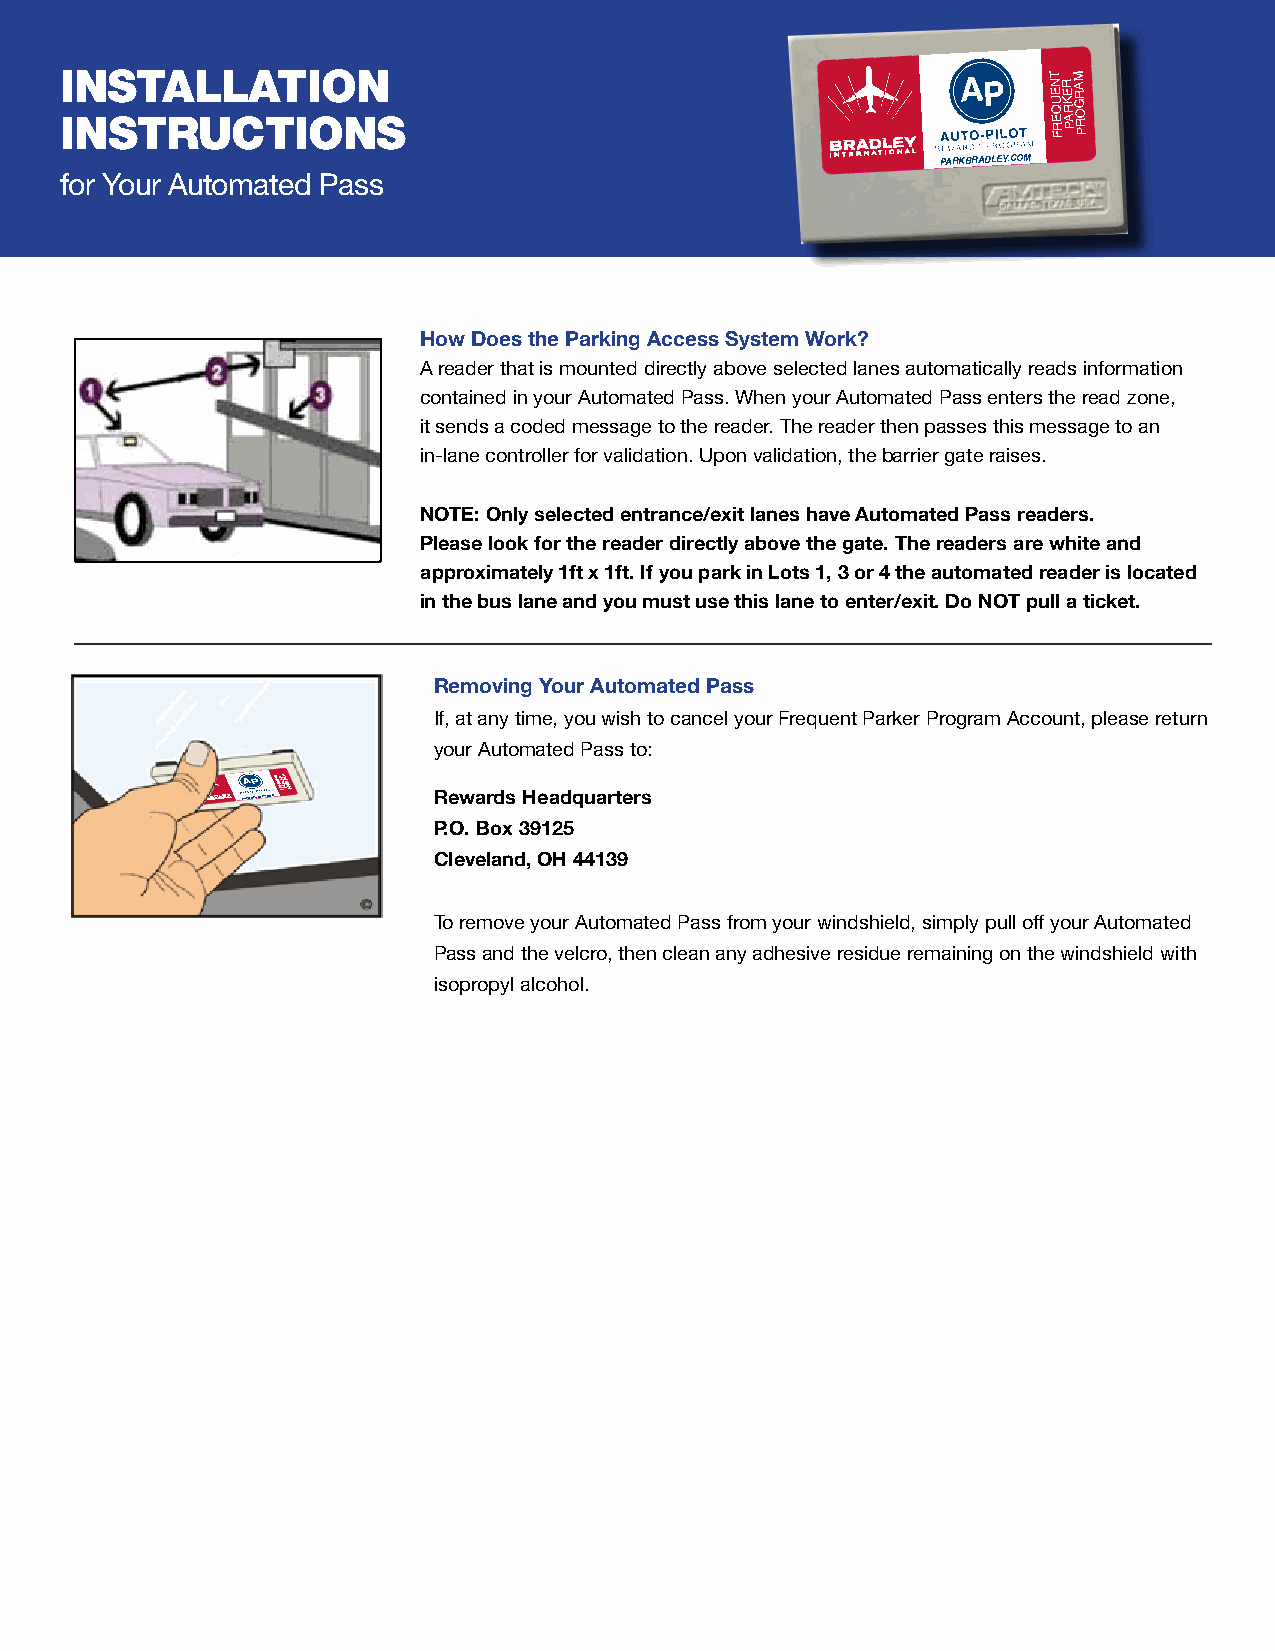
I In ns st ta rl ul ca tt II oo nn
 s
 T
 N E U Q E R F R E K R A
 PM
 A R G O R P
 PARKBRADLEY.COM
 for Your Automated Pass
 AP13-1005 BRADLEY_transponder sticker_2C-FINAL.indd 1 6/6/13 10:21 PM
 How Does the Parking Access System Work?
 A reader that is mounted directly above selected lanes automatically reads information
 contained in your Automated Pass. When your Automated Pass enters the read zone,
 it sends a coded message to the reader. The reader then passes this message to an
 in-lane controller for validation. Upon validation, the barrier gate raises.
 NOTE: Only selected entrance/exit lanes have Automated Pass readers.
 Please look for the reader directly above the gate. The readers are white and
 approximately 1ft x 1ft. If you park in Lots 1, 3 or 4 the automated reader is located
 in the bus lane and you must use this lane to enter/exit. Do NOT pull a ticket.
 Removing Your Automated Pass
 If, at any time, you wish to cancel your Frequent Parker Program Account, please return
 your Automated Pass to:
 AP13-1005 BRADLEY_transponder
 stickeP r_A 2R C-K FIB NR ALA .iD ndL dE Y 1.COM
 TNEUQ
 E
 R RE FKRM APARGORP
 6/6/13 10:21 PM R P.e Ow
 .
 a Br od xs 3H 9e 1a 2d 5q uarters
 Cleveland, OH 44139
 To remove your Automated Pass from your windshield, simply pull off your Automated
 Pass and the velcro, then clean any adhesive residue remaining on the windshield with
 isopropyl alcohol.